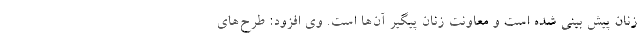
زنان پیش بینی شده است و معاونت زنان پیگیر آن‌ها است. وی افزود: طرح‌های